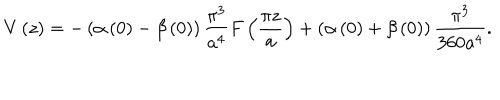
V \left( z \right) = - \left( \alpha \left( 0 \right) - \beta \left( 0 \right) \right) \frac { \pi ^ { 3 } } { a ^ { 4 } } F \left( \frac { \pi z } { a } \right) + \left( \alpha \left( 0 \right) + \beta \left( 0 \right) \right) \frac { \pi ^ { 3 } } { 3 6 0 a ^ { 4 } } .